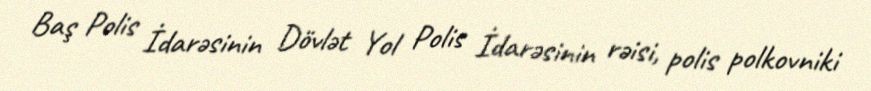
Baş Polis İdarəsinin Dövlət Yol Polis İdarəsinin rəisi, polis polkovniki